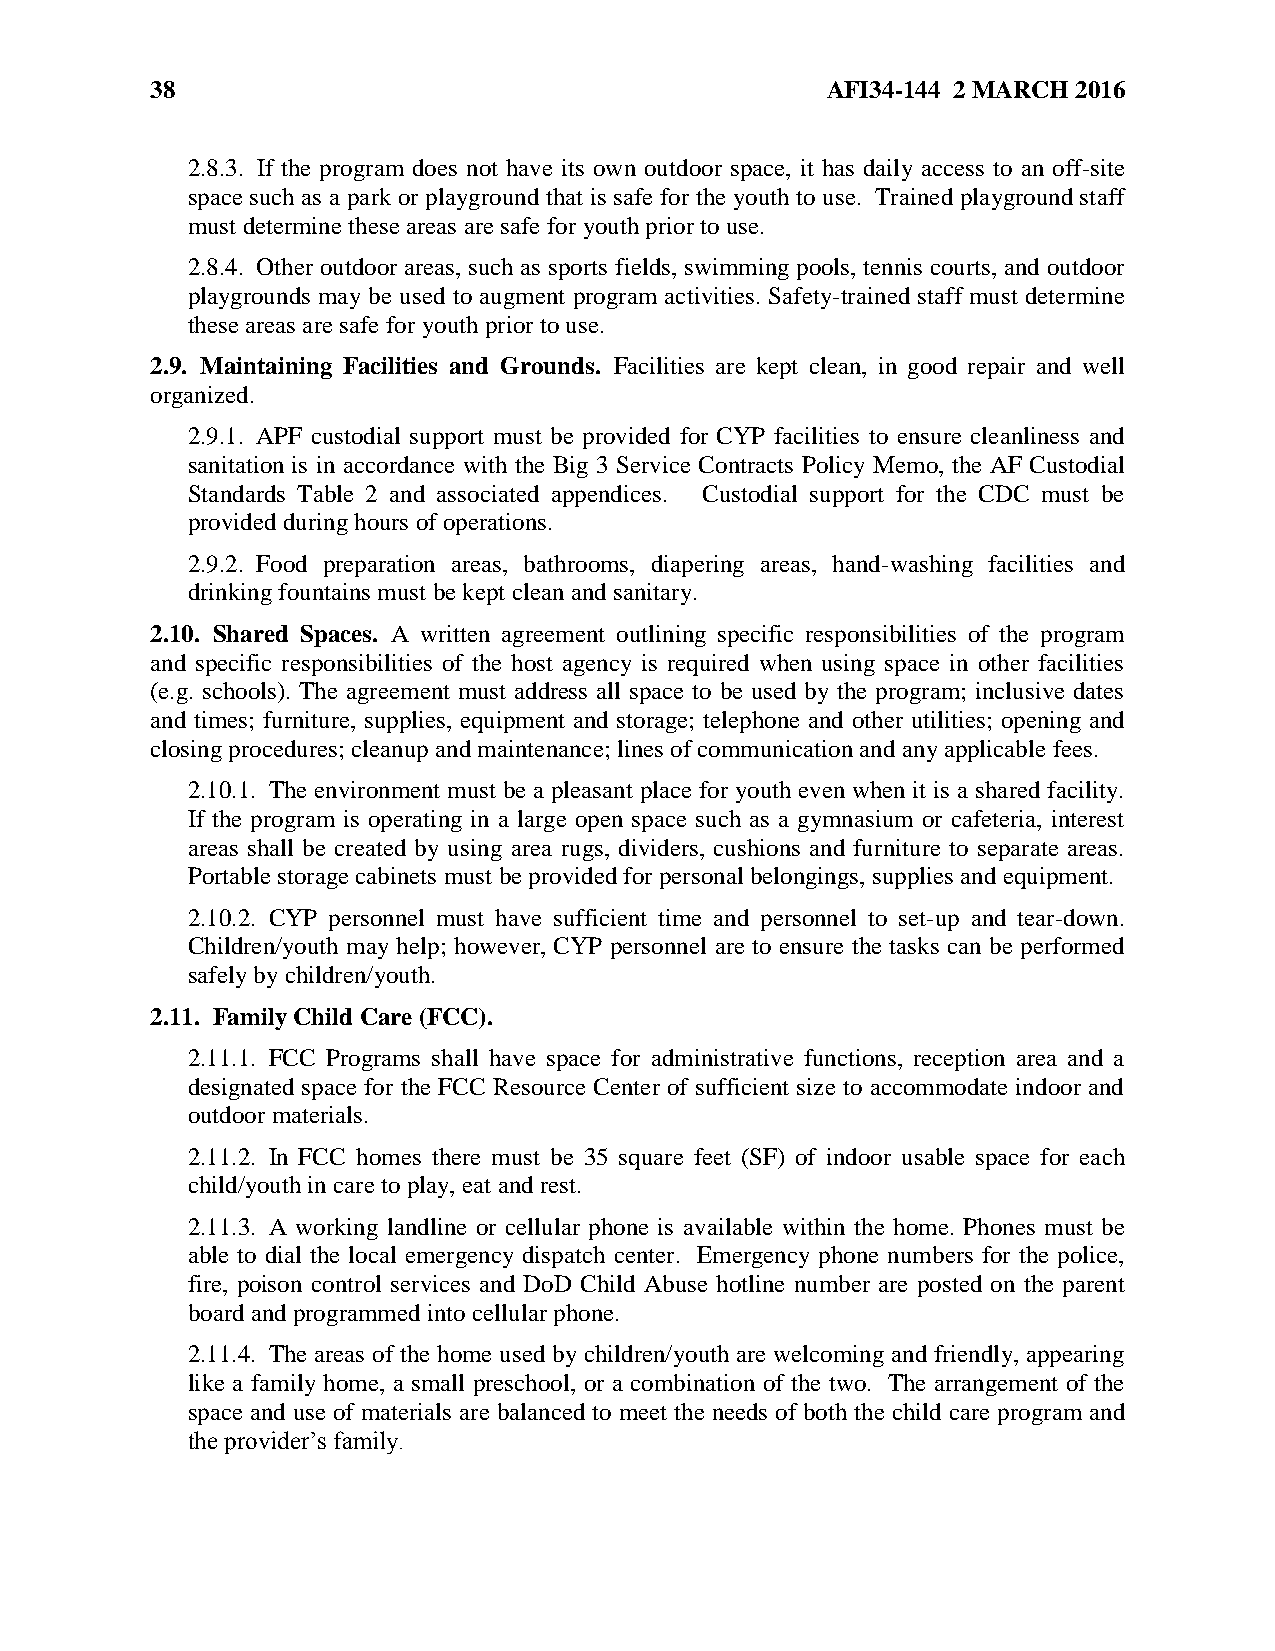
38                                           AFI34-144 2 MARCH 2016
 2.8.3. If the program does not have its own outdoor space, it has daily access to an off-site
 space such as a park or playground that is safe for the youth to use. Trained playground staff
 must determine these areas are safe for youth prior to use.
 2.8.4. Other outdoor areas, such as sports fields, swimming pools, tennis courts, and outdoor
 playgrounds may be used to augment program activities. Safety-trained staff must determine
 these areas are safe for youth prior to use.
 2.9. Maintaining Facilities and Grounds. Facilities are kept clean, in good repair and well
 organized.
 2.9.1. APF custodial support must be provided for CYP facilities to ensure cleanliness and
 sanitation is in accordance with the Big 3 Service Contracts Policy Memo, the AF Custodial
 Standards Table 2 and associated appendices. Custodial support for the CDC must be
 provided during hours of operations.
 2.9.2. Food preparation areas, bathrooms, diapering areas, hand-washing facilities and
 drinking fountains must be kept clean and sanitary.
 2.10. Shared Spaces. A written agreement outlining specific responsibilities of the program
 and specific responsibilities of the host agency is required when using space in other facilities
 (e.g. schools). The agreement must address all space to be used by the program; inclusive dates
 and times; furniture, supplies, equipment and storage; telephone and other utilities; opening and
 closing procedures; cleanup and maintenance; lines of communication and any applicable fees.
 2.10.1. The environment must be a pleasant place for youth even when it is a shared facility.
 If the program is operating in a large open space such as a gymnasium or cafeteria, interest
 areas shall be created by using area rugs, dividers, cushions and furniture to separate areas.
 Portable storage cabinets must be provided for personal belongings, supplies and equipment.
 2.10.2. CYP personnel must have sufficient time and personnel to set-up and tear-down.
 Children/youth may help; however, CYP personnel are to ensure the tasks can be performed
 safely by children/youth.
 2.11. Family Child Care (FCC).
 2.11.1. FCC Programs shall have space for administrative functions, reception area and a
 designated space for the FCC Resource Center of sufficient size to accommodate indoor and
 outdoor materials.
 2.11.2. In FCC homes there must be 35 square feet (SF) of indoor usable space for each
 child/youth in care to play, eat and rest.
 2.11.3. A working landline or cellular phone is available within the home. Phones must be
 able to dial the local emergency dispatch center. Emergency phone numbers for the police,
 fire, poison control services and DoD Child Abuse hotline number are posted on the parent
 board and programmed into cellular phone.
 2.11.4. The areas of the home used by children/youth are welcoming and friendly, appearing
 like a family home, a small preschool, or a combination of the two. The arrangement of the
 space and use of materials are balanced to meet the needs of both the child care program and
 the provider’s family.